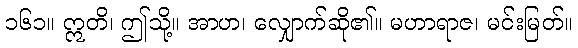
၁၆၁။ ဣတိ၊ ဤသို့။ အာဟ၊ လျှောက်ဆို၏။ မဟာရာဇ၊ မင်းမြတ်။